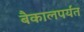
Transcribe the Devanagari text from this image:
बैकालपर्यंत